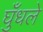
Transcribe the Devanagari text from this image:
घुँधले